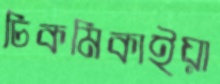
চিকমিকাইয়া